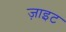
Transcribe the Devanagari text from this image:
ज़ाइट